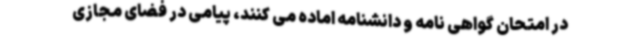
در امتحان گواهی نامه و دانشنامه اماده می کنند، پیامی در فضای مجازی